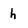
Character: h